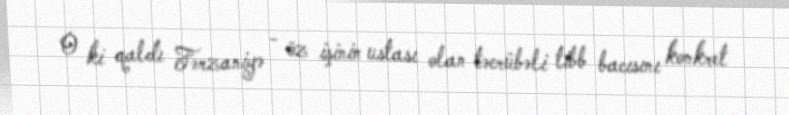
O ki qaldı Fərzaniyə - öz işinin ustası olan təcrübəli tibb bacısını konkret